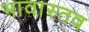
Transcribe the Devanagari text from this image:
भावास्तव